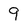
Character: 9